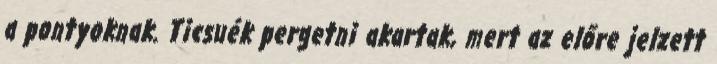
a pontyoknak. Ticsuék pergetni akartak, mert az előre jelzett